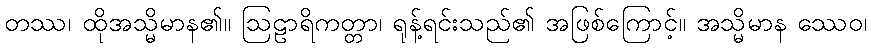
တဿ၊ ထိုအသ္မိမာန၏။ ဩဠာရိကတ္တာ၊ ရုန့်ရင်းသည်၏ အဖြစ်ကြောင့်။ အသ္မိမာန ဿေဝ၊